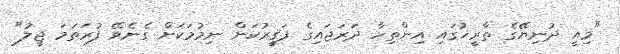
"މިއީ ދުނިޔޭގެ ތާރީޚުގައި އިންތިހާ ދަރަޖައިގެ ފަޤީރުކަން ނިމުމަކަށް ގެނެވޭ ފުރަތަމަ ޖީލު"